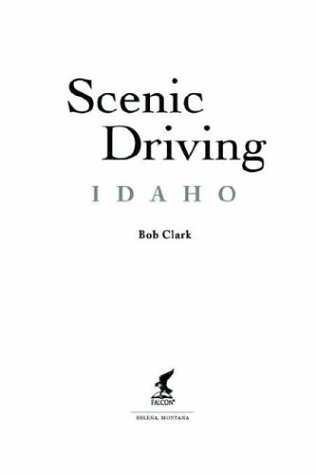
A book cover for Scenic Driving Idaho; Bob Clark; Travel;